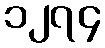
၁၂၇၄